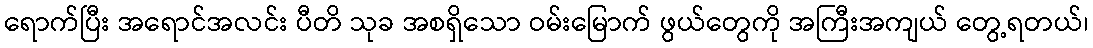
ရောက်ပြီး အရောင်အလင်း ပီတိ သုခ အစရှိသော ဝမ်းမြောက် ဖွယ်တွေကို အကြီးအကျယ် တွေ့ရတယ်၊